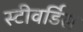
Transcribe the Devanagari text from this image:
स्‍टीवर्डिस